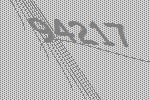
94217